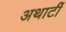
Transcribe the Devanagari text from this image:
अथार्टी